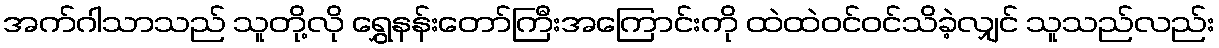
အက်ဂါသာသည် သူတို့လို ရွှေနန်းတော်ကြီးအကြောင်းကို ထဲထဲဝင်ဝင်သိခဲ့လျှင် သူသည်လည်း